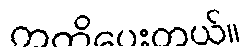
ကတိပေးတယ်။